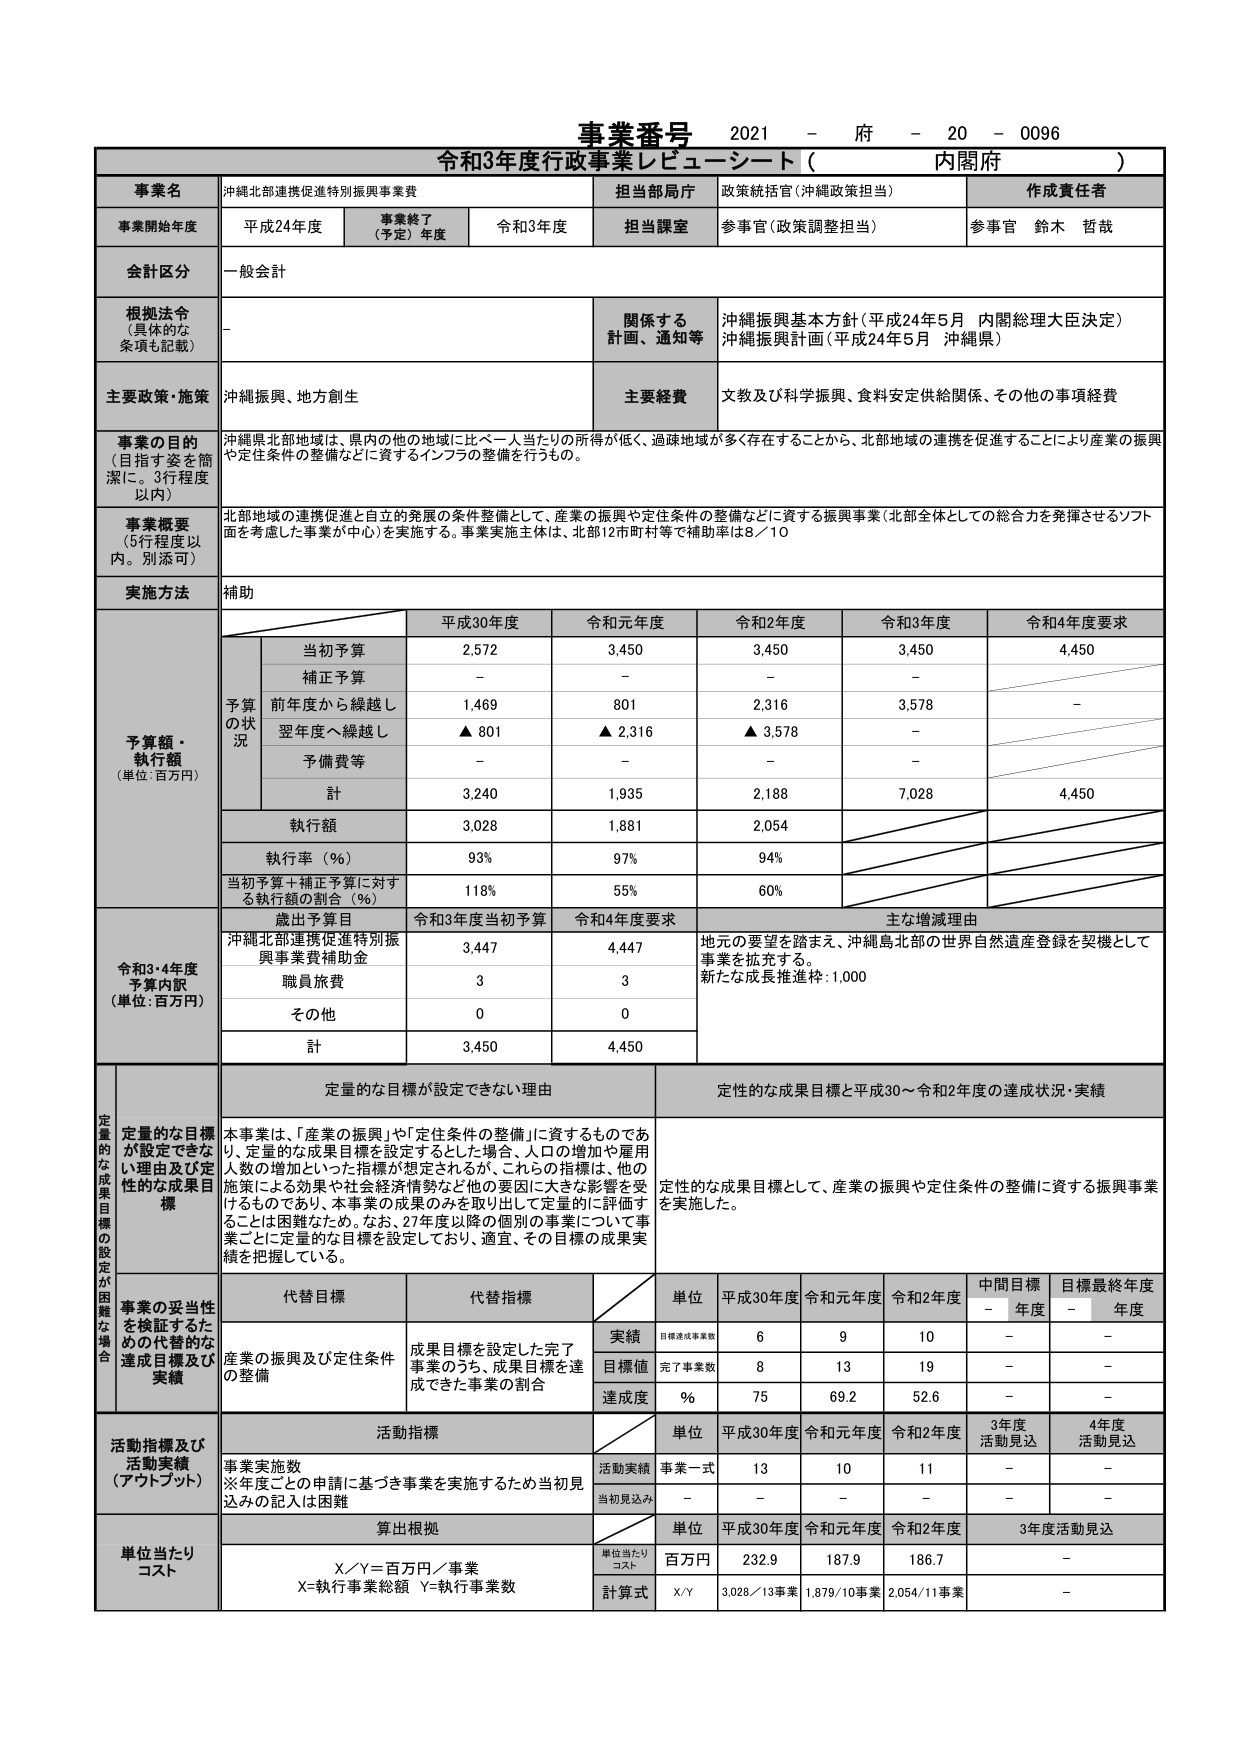
事業番号 2021 - 府 - 20 - 0096
令和3年度行政事業レビューーシート（ 内閣府 ）

事業名 沖縄北部連携促進特別振興事業費
担当部局庁 政策統括官（沖縄政策担当）
作成責任者 参事官 鈴木 哲哉

事業開始年度 平成24年度
事業終了（予定）年度 令和3年度
担当課室 参事官（政策調整担当）

会計区分 一般会計

根拠法令（具体的な条項も記載） -
関係する計画、通知等 沖縄振興基本方針（平成24年5月 内閣総理大臣決定）
沖縄振興計画（平成24年5月 沖縄県）

主要政策・施策 沖縄振興、地方創生
主要経費 文教及び科学振興、食料安定供給関係、その他の事項経費

事業の目的（目指す姿を簡潔に。3行程度以内）
沖縄県北部地域は、県内の他の地域に比べ一人当たりの所得が低く、過疎地域が多く存在することから、北部地域の連携を促進することにより産業の振興や定住条件の整備などに資するインフラの整備を行うもの。

事業概要（5行程度以内。別添可）
北部地域の連携促進と自立的発展の条件整備として、産業の振興や定住条件の整備などに資する振興事業（北部全体としての総合力を発揮させるソフト面を考慮した事業が中心）を実施する。事業実施主体は、北部12市町村等で補助率は8／10

実施方法 補助

予算額・執行額（単位：百万円）
　　　　　　　　　　　平成30年度　　令和元年度　　令和2年度　　令和3年度　　令和4年度要求
　　　　　　　　　　　────────────────────────────────────
　　　　　　　　　　　当初予算　　　2,572　　　　3,450　　　　3,450　　　　3,450　　　　4,450
　　　　　　　　　　　補正予算　　　－　　　　　　－　　　　　　－　　　　　　－　　　　　　－
　　　　　　　　　　　前年度から繰越し　1,469　　　　801　　　　　2,316　　　　3,578　　　　－
　　　　　　　　　　　翌年度へ繰越し　▲801　　　　▲2,316　　　▲3,578　　　－　　　　　　－
　　　　　　　　　　　予備費等　　　－　　　　　　－　　　　　　－　　　　　　－　　　　　　－
　　　　　　　　　　　計　　　　　　3,240　　　　1,935　　　　2,188　　　　7,028　　　　4,450
　　　　　　　　　　　執行額　　　　3,028　　　　1,881　　　　2,054　　　　－　　　　　　－
　　　　　　　　　　　執行率（％）　93%　　　　　97%　　　　　94%　　　　　－　　　　　　－
　　　　　　　　　　　当初予算＋補正予算に対する執行額の割合（％）　118%　　　　55%　　　　　60%　　　　　－　　　　　　－

令和3・4年度予算内訳（単位：百万円）
　　　　　　　　　　　令和3年度当初予算　　令和4年度要求　　主な増減理由
　　　　　　　　　　　────────────────────────────────────
　　　　　　　　　　　沖縄北部連携促進特別振興事業補助金　　3,447　　　　4,447　　地元の要望を踏まえ、沖縄島北部の世界自然遺産登録を契機として事業を拡充する。
　　　　　　　　　　　職員旅費　　　　　　　　　　　　　　3　　　　　　3　　　　新たな成長推進枠：1,000
　　　　　　　　　　　その他　　　　　　　　　　　　　　　0　　　　　　0
　　　　　　　　　　　計　　　　　　　　　　　　　　　　3,450　　　　4,450

定量的な目標が設定できない理由
本事業は、「産業の振興」や「定住条件の整備」に資するものであり、定量的な成果目標を設定するに当たって、人口の増加や雇用人数の増加といった指標が想定されるが、これらの指標は、他の施策による効果や社会経済情勢など他の要因に大きな影響を受けるものであり、本事業の成果のみを取り出して定量的に評価することは困難なため。なお、27年度以降の個別の事業について事業ごとに定量的な目標を設定しており、適宜、その目標の成果実績を把握している。

定性的な成果目標と平成30～令和2年度の達成状況・実績
定性的な成果目標として、産業の振興や定住条件の整備に資する振興事業を実施した。

代替目標 代替指標